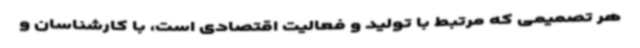
هر تصمیمی که مرتبط با تولید و فعالیت اقتصادی است، با کارشناسان و